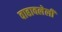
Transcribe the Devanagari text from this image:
वाहावलेली